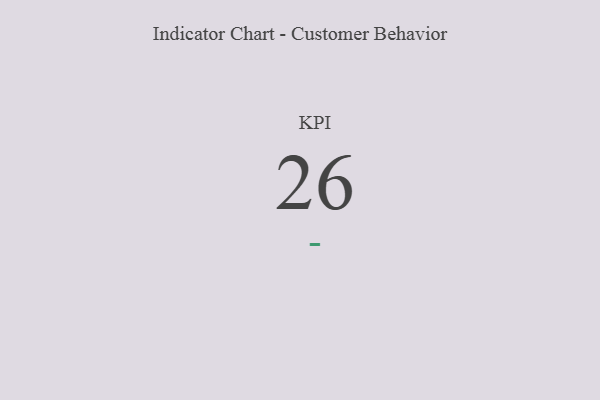
{"axis": {"x": "KPI", "y": "Value"}, "legend": [""], "data": [{"x": "KPI", "y": 26, "type": ""}]}